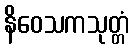
နိဝေသကသုတ္တံ